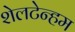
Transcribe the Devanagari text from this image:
शेलटेन्हम